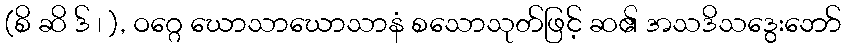
(စိ ဆိ ဒ် ၊ ), ဝဂ္ဂေ ဃောသာဃောသာနံ စသောသုတ်ဖြင့် ဆ၏ အသဒိသဒွေးဘော်